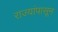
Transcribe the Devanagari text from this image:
राज्यांपासून